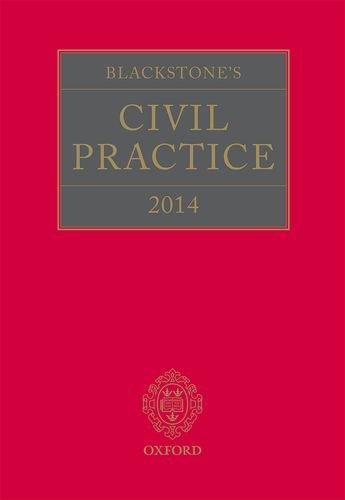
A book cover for Blackstone's Civil Practice 2014 (book and digital pack); The Rt Hon Lord Justice Maurice Kay; Law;